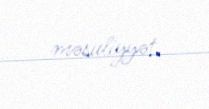
məsuliyyət.